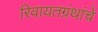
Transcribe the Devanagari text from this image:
रिवायतग्रंथांचें